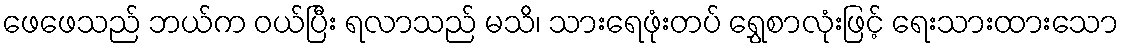
ဖေဖေသည် ဘယ်က ဝယ်ပြီး ရလာသည် မသိ၊ သားရေဖုံးတပ် ရွှေစာလုံးဖြင့် ရေးသားထားသော